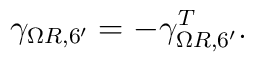
\gamma_{\Omega R,6'}= -\gamma_{\Omega R,6'}^T.